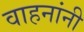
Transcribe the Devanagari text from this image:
वाहनांनी